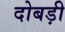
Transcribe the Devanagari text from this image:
दोबड़ी